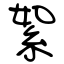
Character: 絮